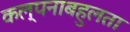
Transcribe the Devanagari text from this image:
कल्पनाबहुलता